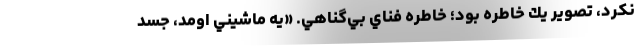
نكرد، تصوير يك خاطره بود؛ خاطره فناي بي‌گناهي. «يه ماشيني اومد، جسد